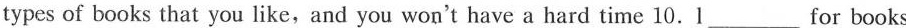
types of books that you like,and you won't have a hard time 10. l___ for books